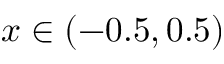
x \in ( - 0 . 5 , 0 . 5 )